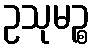
ဥသုမဉ္စ